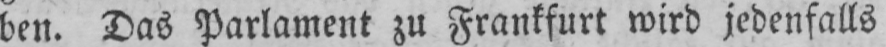
den. Das Parlament zu Frankfurt wird jedenfalls